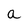
Character: a